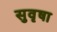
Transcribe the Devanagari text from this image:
सुवृषा